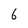
Character: 6